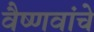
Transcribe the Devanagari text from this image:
वैष्णवांचे